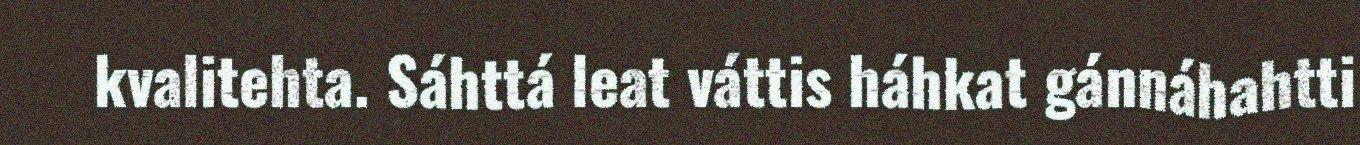
kvalitehta. Sáhttá leat váttis háhkat gánnáhahtti